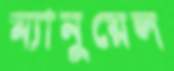
ম্যানুয়েল